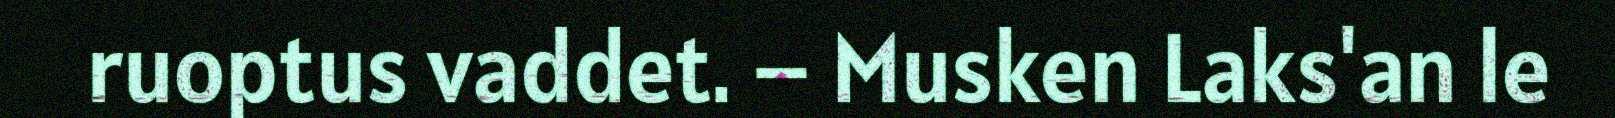
ruoptus vaddet. – Musken Laks'an le